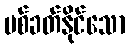
ပစ်ခတ်နိုင်သော